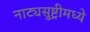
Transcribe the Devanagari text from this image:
नाट्यसुष्ट्रीमध्ये